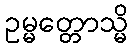
ဥမ္မတ္တောသ္မိ